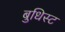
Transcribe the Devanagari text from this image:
बुधिस्ट